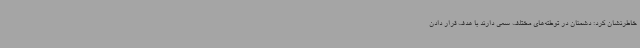
خاطرنشان کرد: دشمنان در توطئه‌های مختلف سعی دارند با هدف قرار دادن